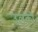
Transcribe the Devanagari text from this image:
उलकी